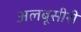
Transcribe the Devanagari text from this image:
अलबूसीरी